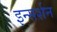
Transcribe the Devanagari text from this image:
इन्सर्शन